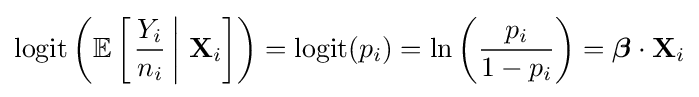
\operatorname {logit} \left(\operatorname {\mathbb {E} } \left[\left.{\frac {Y_{i}}{n_{i}}}\,\right|\,\mathbf {X} _{i}\right]\right)=\operatorname {logit} (p_{i})=\ln \left({\frac {p_{i}}{1-p_{i}}}\right)={\boldsymbol {\beta }}\cdot \mathbf {X} _{i}